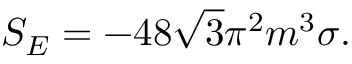
S _ { E } = - 4 8 \sqrt { 3 } { \pi } ^ { 2 } m ^ { 3 } \sigma .